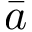
\bar { a }